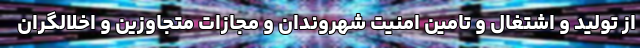
از تولید و اشتغال و تامین امنیت شهروندان و مجازات متجاوزین و اخلالگران